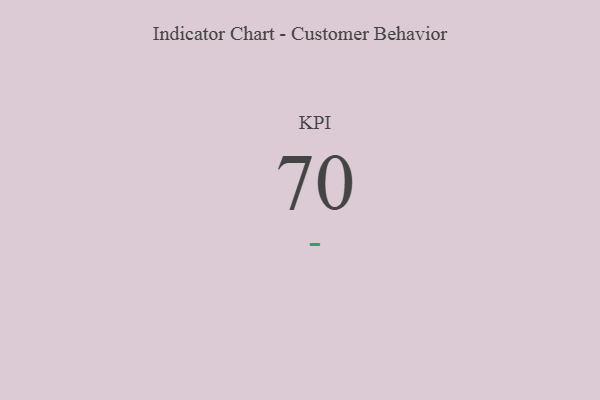
{"axis": {"x": "KPI", "y": "Value"}, "legend": [""], "data": [{"x": "KPI", "y": 70, "type": ""}]}